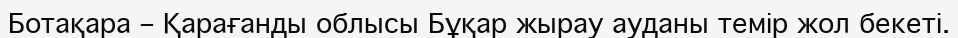
Ботақара – Қарағанды облысы Бұқар жырау ауданы темір жол бекеті.